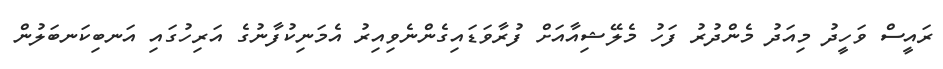
ރައީސް ވަހީދު މިއަދު މެންދުރު ފަހު މެލޭޝިއާއަށް ފުރާވަޑައިގެންނެވިއިރު އެމަނިކުފާނުގެ އަރިހުގައި އަނބިކަނބަލުން